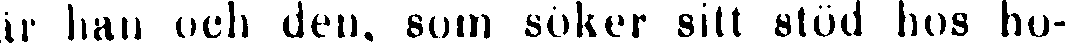
är han och den, som söker sitt stöd hos ho-